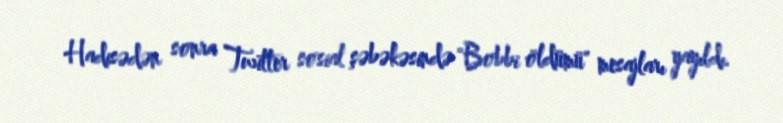
Hadisədən sonra Twitter sosial şəbəkəsində "Bobbi öldümü" mesajları yayıldı.